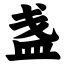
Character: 盏